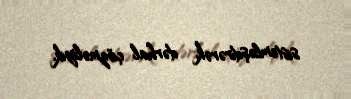
sistemləşdirərək, dərhal çözməliyik.